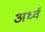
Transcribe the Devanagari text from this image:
अर्ध्व